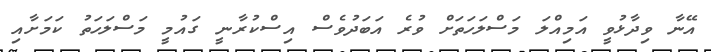
އޭނާ ވިދާޅުވީ އަމިއްލަ މަސްލަހަތަށް ވުރެ އަބަދުވެސް އިސްކުރާނީ ގައުމީ މަސްލަހަތު ކަމަށާއި